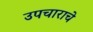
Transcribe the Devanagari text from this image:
उपचाराचे